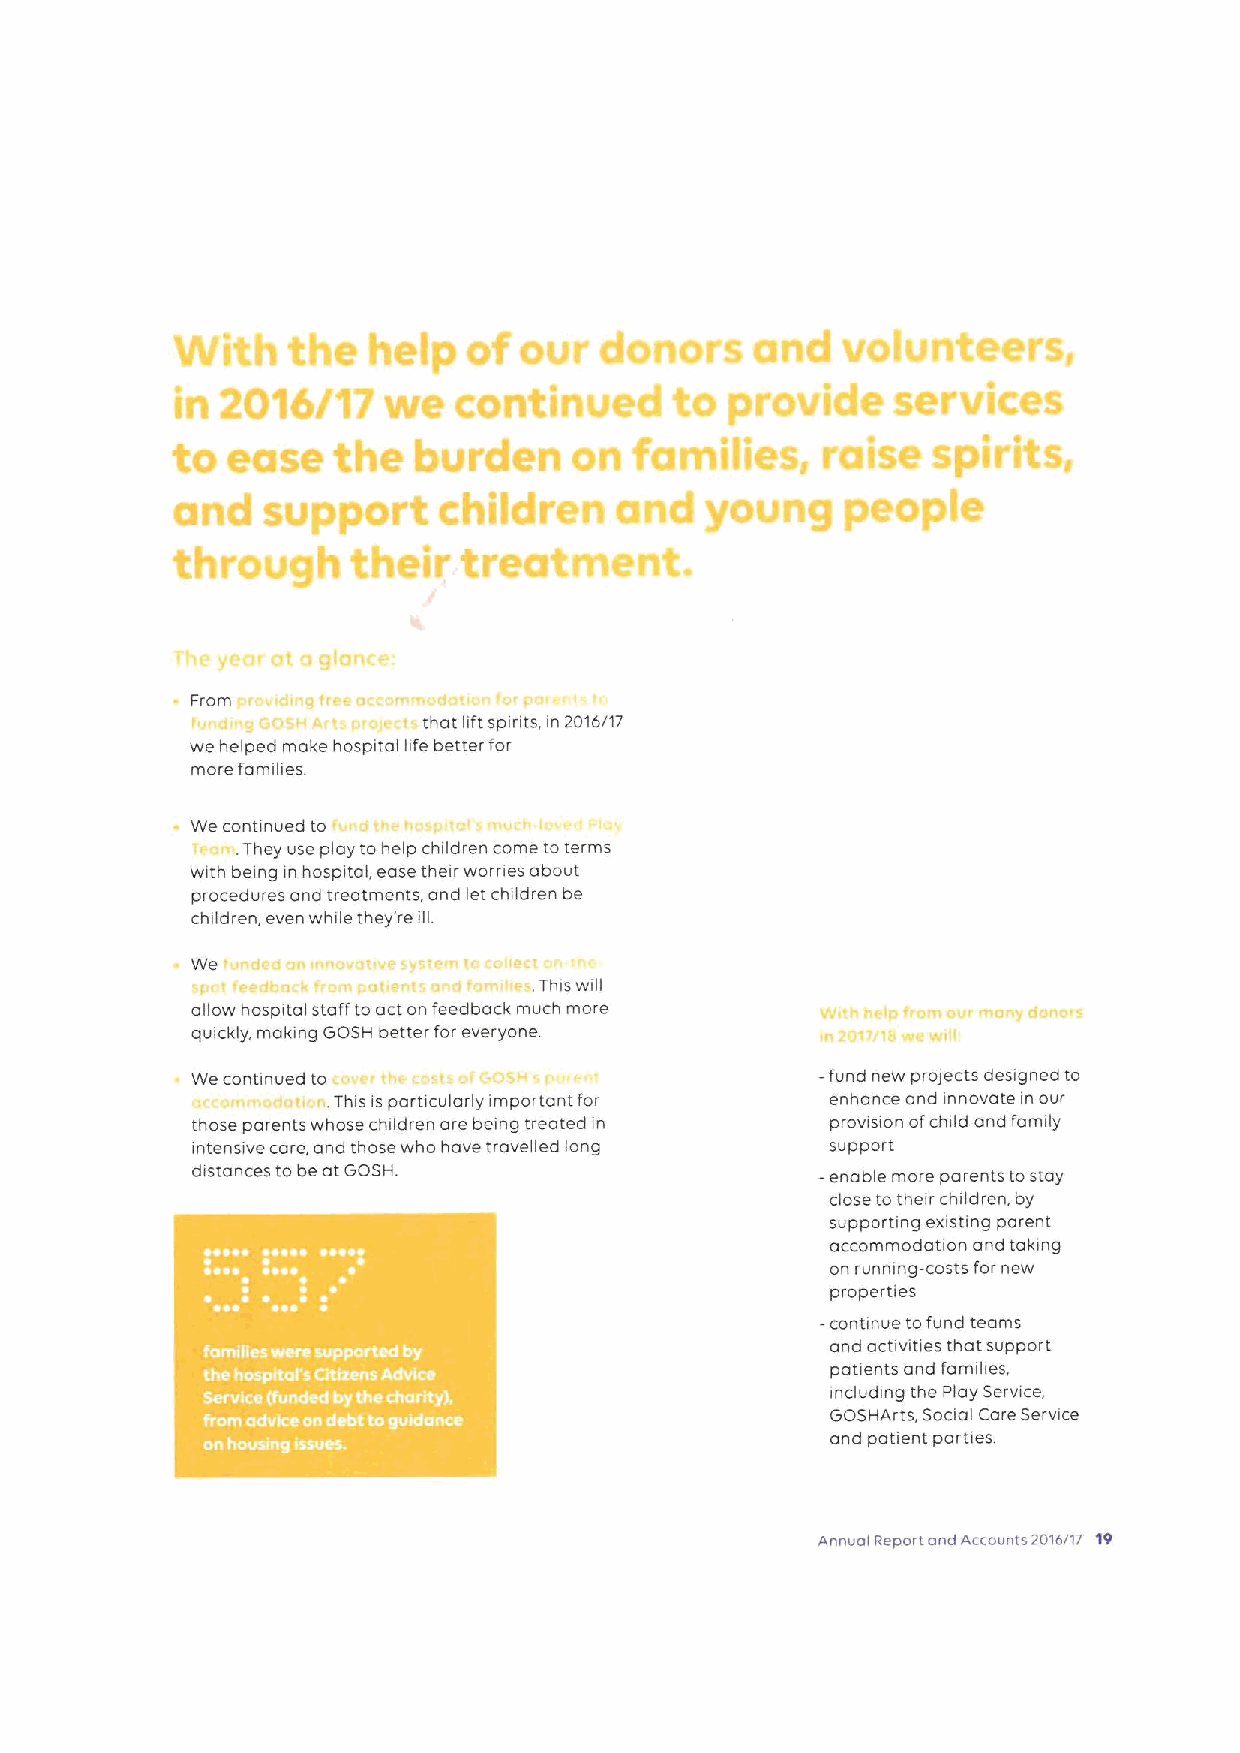
From
 that lift spirits, in 2016/17
 we helped make hospital life better for
 more families.
 We conunued to
 .They use play to help children come toterms
 with being in hospital, ease their worn esabout
 procedures and treatments, and let children be
 children, even while they' re ill.
 We
 .This will
 allow hospital staff to act on feedback much more
 quickly, making GOSH better for everyone.
 We continued to                          —fund new prolects designed to
 .This is particularly important for enhance and innovate in our
 those parents whose children are being treated in provision ofchild and family
 intensive care, and those who have travelled long suppol t.
 distances to be at GOSH.                  enable more parents tostay
 close to their children, by
 supporting existing parent
 I                                          accommodaaon and taking
 on running-costs for new
 '                              properties
 ~rcAr
 -continue tofund teams
 and activities that support
 5~r/"V P,vSSlfyt                    patients and families
 including the Play Service
 GOSHArts, Soaal Care Service
 and patient parties.
 Annual Report ond Accounts 2016/17 19